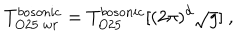
T _ { O 2 5 ~ w r } ^ { b o s o n i c } = T _ { O 2 5 } ^ { b o s o n i c } [ ( 2 \pi ) ^ { d } \sqrt { g } ] \ ,